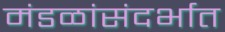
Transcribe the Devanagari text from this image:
मंडळांसंदर्भात